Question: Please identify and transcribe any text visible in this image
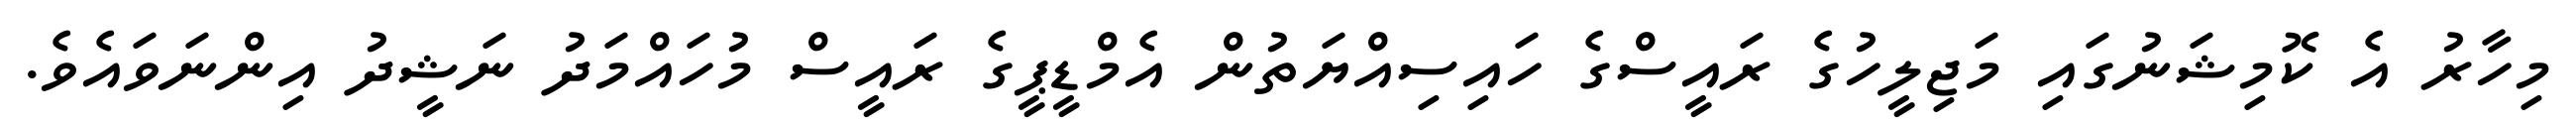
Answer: މިހާރު އެ ކޮމިޝަނުގައި މަޖިލީހުގެ ރައީސްގެ ހައިސިއްޔަތުން އެމްޑީޕީގެ ރައީސް މުހައްމަދު ނަޝީދު އިންނަވައެވެ.